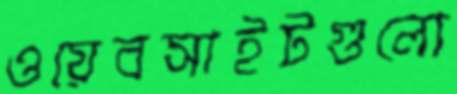
ওয়েবসাইটগুলো